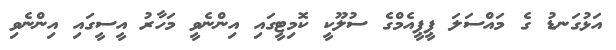
އަޅުގަނޑު ގެ މައްސަލަ ޕީޕީއެމްގެ ސުލޫކީ ކޮމިޓީގައި އިންނެވީ މަހާރު އީސީގައި އިންނެވި